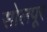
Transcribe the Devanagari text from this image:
सोलपूर